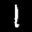
Label: 1